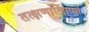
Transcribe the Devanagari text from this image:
तत्क्षणात्क्षिपते